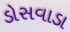
ડોસવાડા